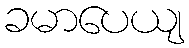
ခမာပေယျ